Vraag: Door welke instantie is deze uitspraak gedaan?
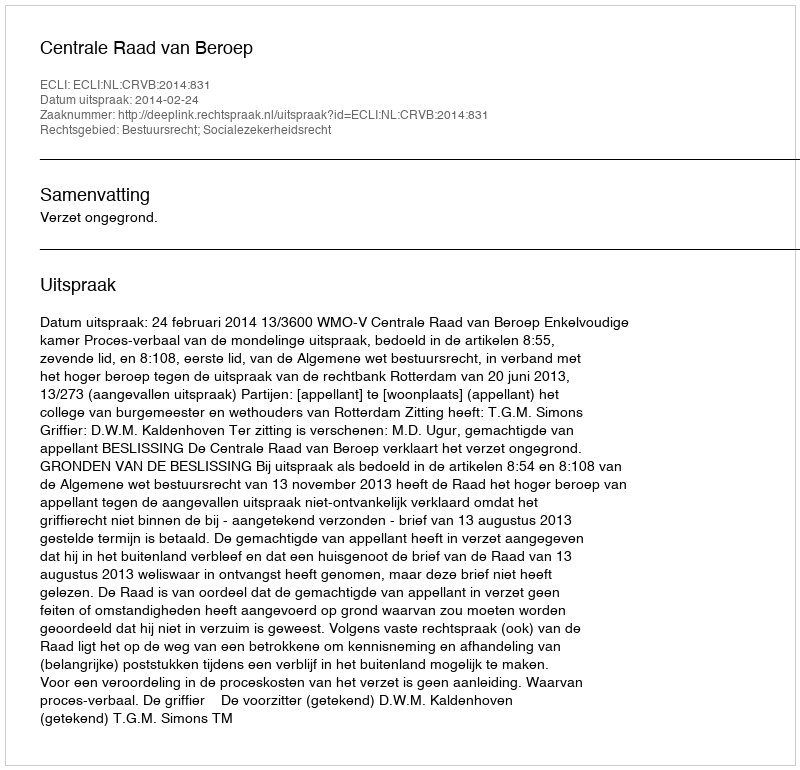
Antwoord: Centrale Raad van Beroep